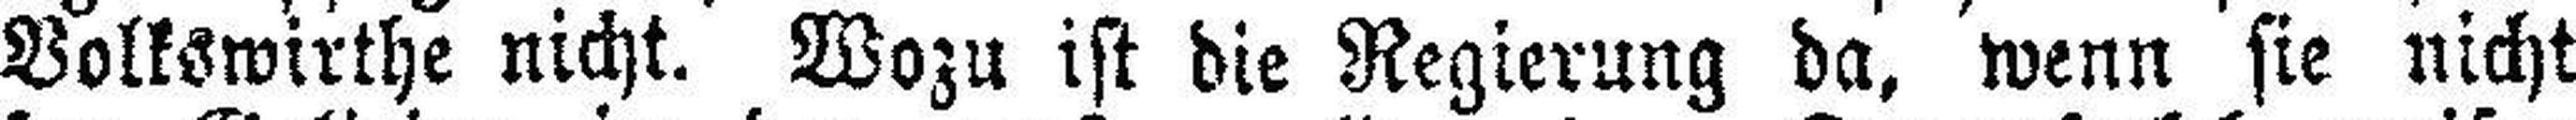
Volkswirthe nicht. Wozu ist die Regierung da, wenn sie nicht